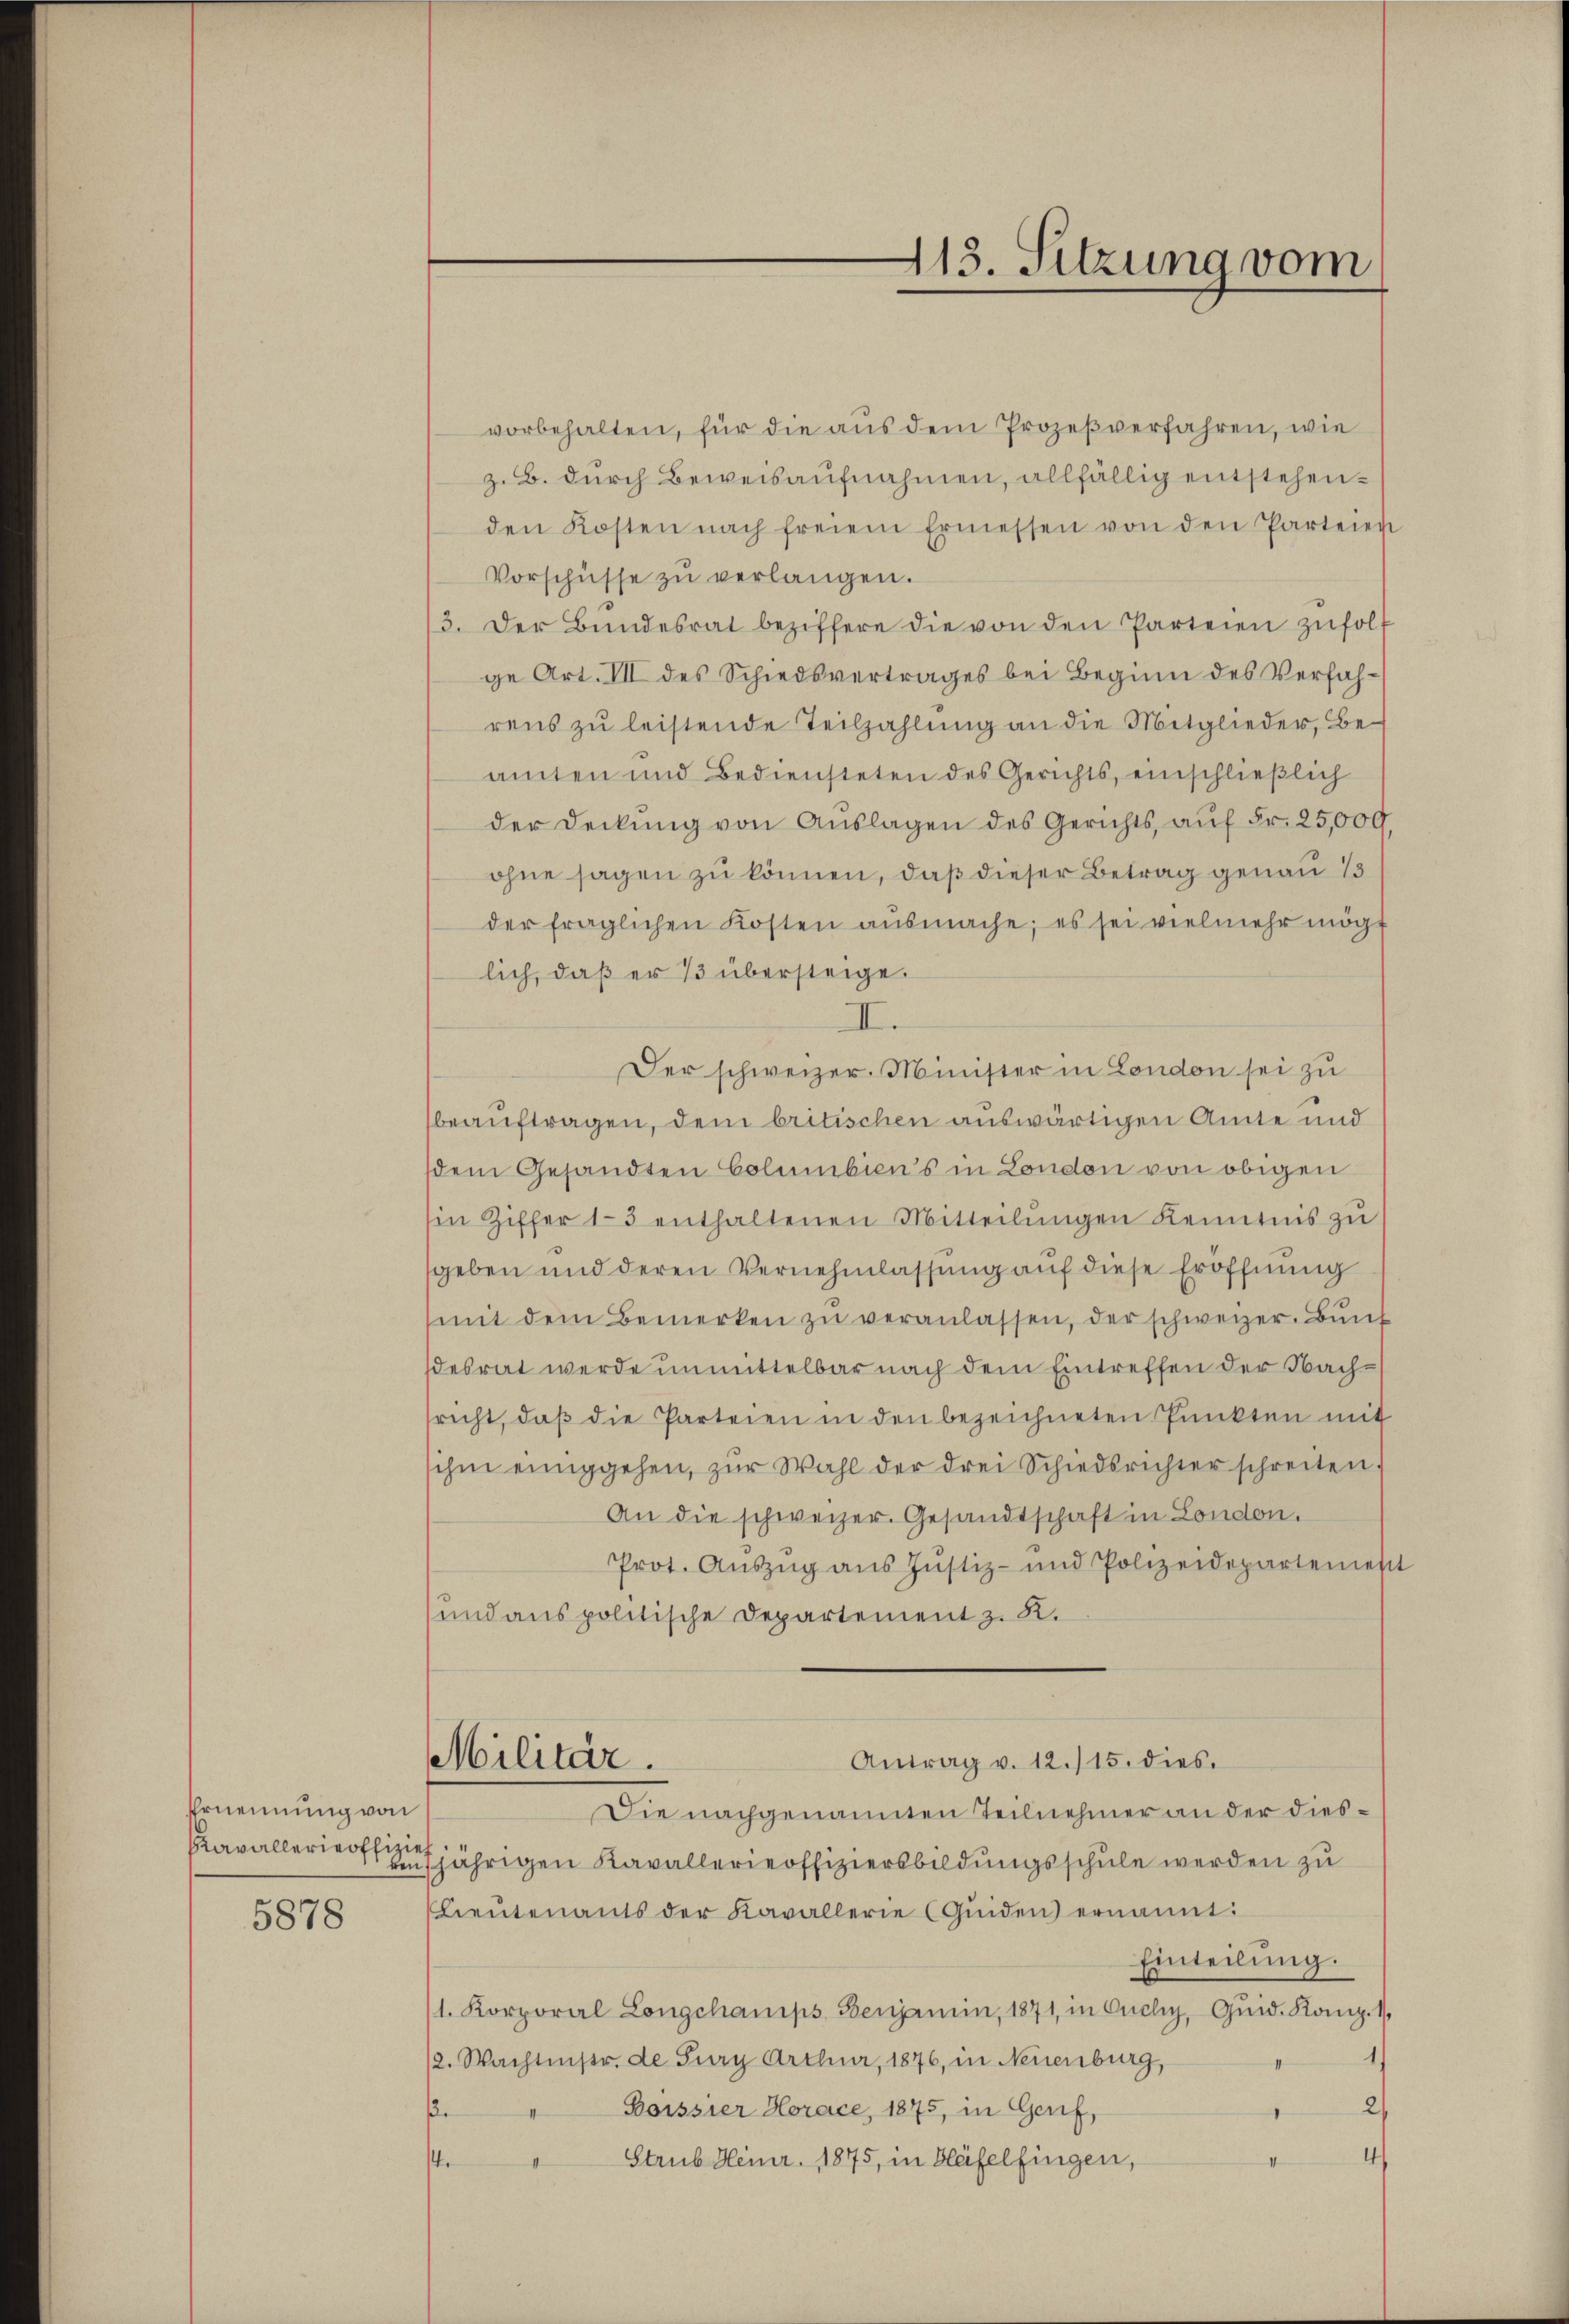
Ernennung von
Kavallerieoffizieh

5878

vorbehalten, für die aus dem Prozeβverfahren, wie
z. B. durch Beweisaufnahmen, allfällig entstehenden Kosten nach freiem Ermessen von den Parteien
Vorschüsse zŭ verlangen.
3. Der Bŭndesrat beziffere die von den Parteien zufolge Art. VII des Schiedsvertrages bei Beginn des Verfahrens zu leistende Teilzahlung an die Mitglieder, Beamten und Bediensteten des Gerichts, einschließlich
der Deckung von Auslagen des Gerichts, auf Fr. 25,009.
ohne sagen zu können, daß dieser Betrag genau 13
der fraglichen Kosten ausmache; es sei vielmehr mög
lich, daß er 13 übersteige.
II.
Der schweizer. Minister in London sei zu
beauftragen, dem britischen auswärtigen Amte und
dem Gesandten Columbiens in London von obigen
in Ziffer 13 enthaltenen Mitteilŭngen Kenntnis zu
geben und deren Vernehmlassung auf diese Eröffnung
mit dem Bemerken zŭ veranlassen, der schweizer. Bund
desrat werde unmittelbar nach dem Eintreffen der Nachsricht, daβ die Parteien in den bezeichneten Punkten mit
ihm einiggehen, zur Wahl der drei Schiedsrichter schreiten
An die schweizer. Gesandtschaft in London.
Prot. Aŭszŭg aŭs Jŭstiz- und Polizeidepartemen
und aus politische Departement z. R.
Antrag v. 12./15. dies
Militär.
Die nachgenannten Teilnehmer an der diesvenjährigen Kavallerieoffiziersbildungsschule werden zu
Lieŭtenants der Kavallerie (Quiden ernannt:
Einteilung.
1. Korporal Longchamps Benjamin, 1871, in Ouchy, Quid. Komp. 11.
/2. Wachtmstr. de Burg Arthur, 1876, in Neuenburg,
2)
Boissier Horace, 1875, in Gerif,
ke
4
ste
I
Strub Heinr. 1875, in Bläfelfingen,

113. Sitzung vom